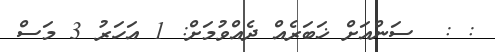
: :  ސަންއަށް ޚަބަރެއް ދެއްވުމަށް: 1 އަހަރު 3 މަސް